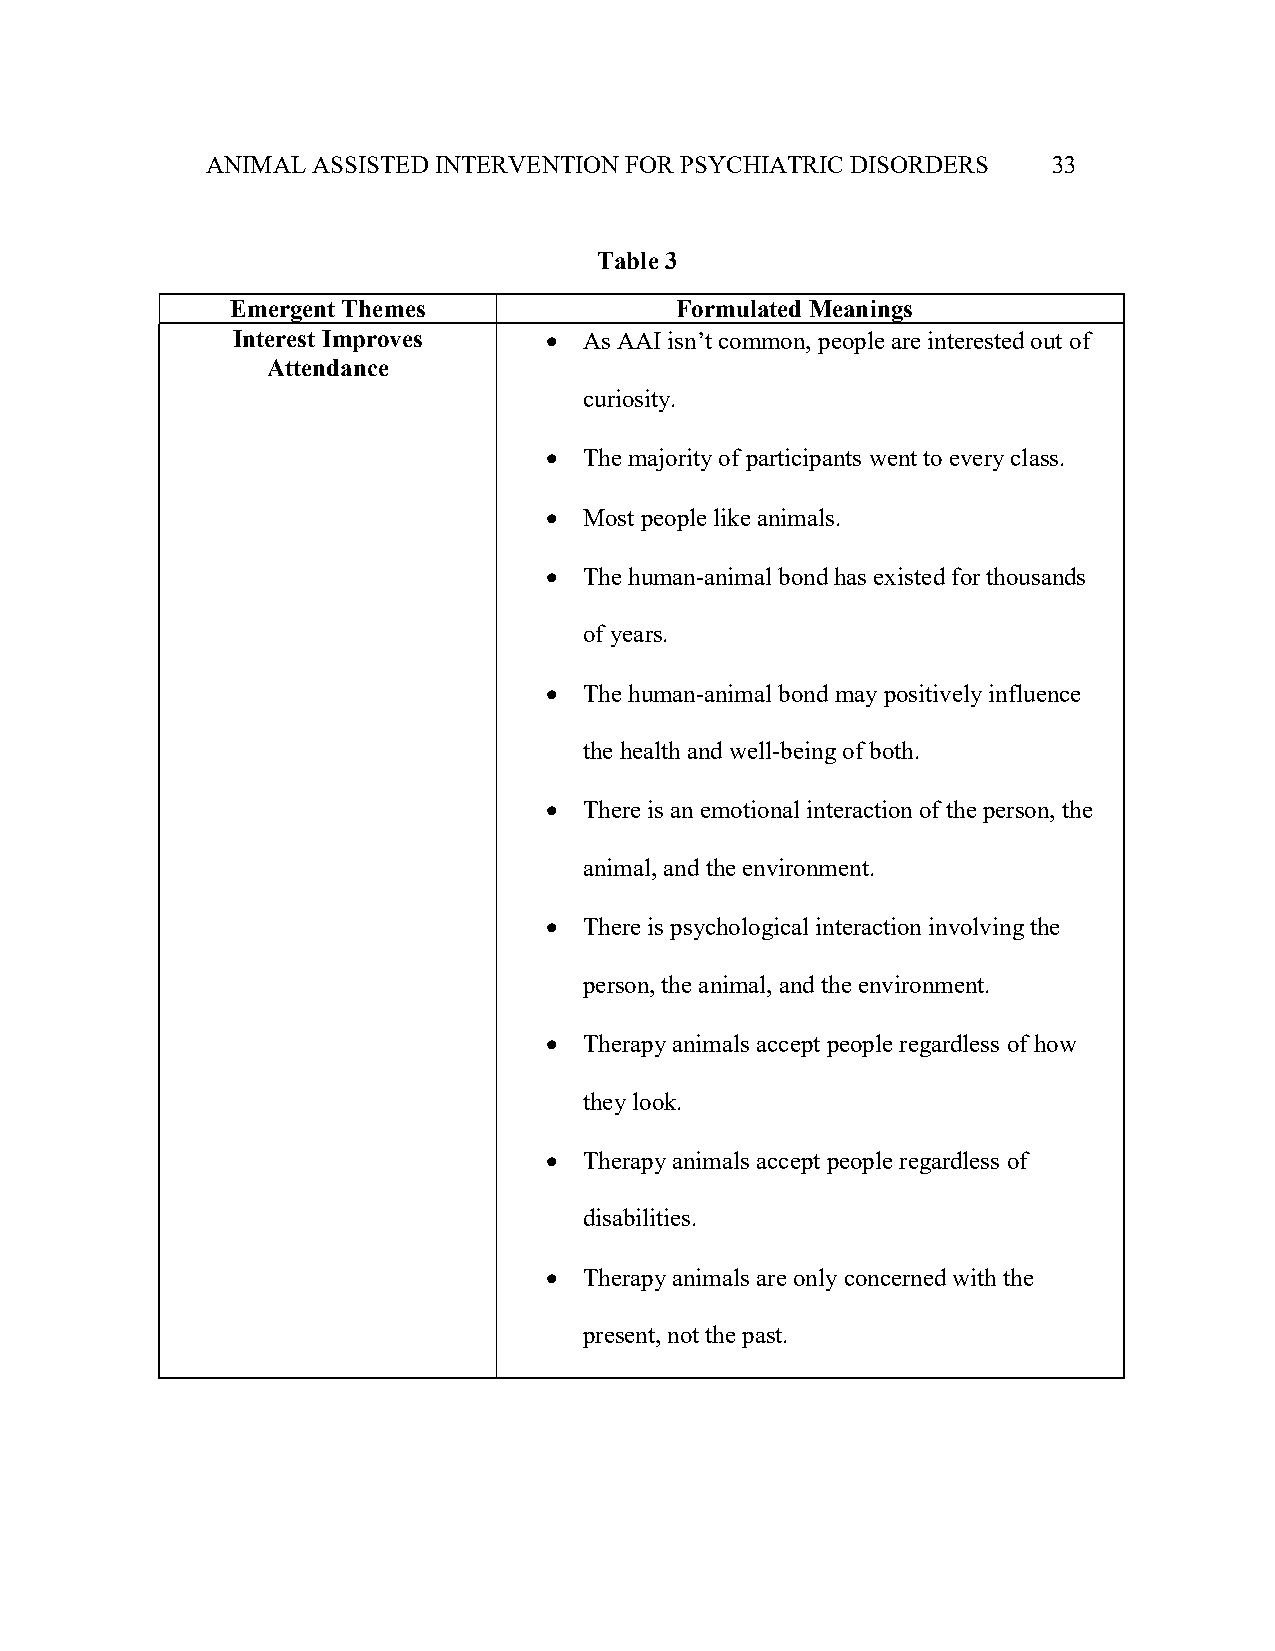
ANIMAL ASSISTED INTERVENTION FOR PSYCHIATRIC DISORDERS  33
 Table 3
 Emergent Themes               Formulated Meanings
 Interest Improves      As AAI isn’t common, people are interested out of
 Attendance
 curiosity.
   The majority of participants went to every class.
   Most people like animals.
   The human-animal bond has existed for thousands
 of years.
   The human-animal bond may positively influence
 the health and well-being of both.
   There is an emotional interaction of the person, the
 animal, and the environment.
   There is psychological interaction involving the
 person, the animal, and the environment.
   Therapy animals accept people regardless of how
 they look.
   Therapy animals accept people regardless of
 disabilities.
   Therapy animals are only concerned with the
 present, not the past.